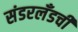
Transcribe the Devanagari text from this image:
संडरलँडची